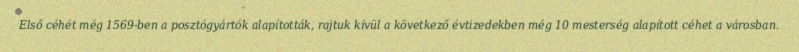
Első céhét még 1569-ben a posztógyártók alapították, rajtuk kívül a következő évtizedekben még 10 mesterség alapított céhet a városban.